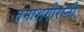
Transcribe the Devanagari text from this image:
तमाशगीरांनी